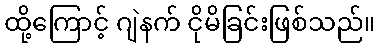
ထို့ကြောင့် ဂျဲနက် ငိုမိခြင်းဖြစ်သည်။